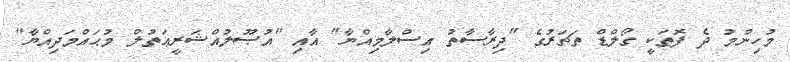
މުހިންމު ދެ ފޮތަކީ ގޯލްޑް ތަޗަރުގެ "ދިރާސާތު އިސްލާމިއްޔާ" އާއި "އުޞޫލުއްޝަރީޢަތުލް މުޙައްމަދިއްޔާ"